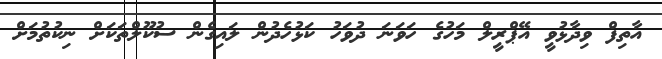
އާތިފް ވިދާޅުވީ އޭޕްރީލް މަހުގެ ހަވަނަ ދުވަހު ކަޅުހެދުން ލައިގެން ސުކޫލްތަކަށް ނިކުތުމަށް